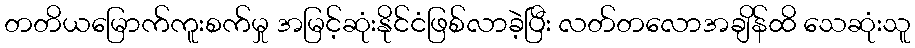
တတိယမြောက်ကူးစက်မှု အမြင့်ဆုံးနိုင်ငံဖြစ်လာခဲ့ပြီး လတ်တလောအချိန်ထိ သေဆုံးသူ